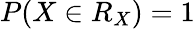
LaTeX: P(X\in R_{X})=1